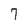
Character: 7